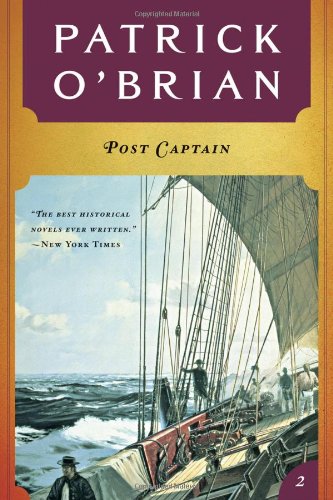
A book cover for Post Captain ( Book 2 in series)  (Aubrey/Maturin Novels); Patrick O'Brian; Literature & Fiction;